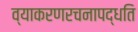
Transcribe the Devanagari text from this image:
व्याकरणरचनापद्धति